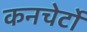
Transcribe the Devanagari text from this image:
कनचेर्टो